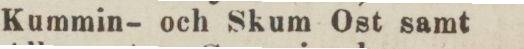
Kummin– och Skum Ost samt